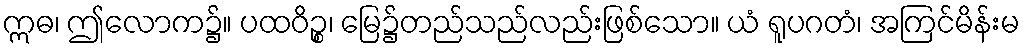
ဣဓ၊ ဤလောက၌။ ပထဝိဉ္စ၊ မြေ၌တည်သည်လည်းဖြစ်သော။ ယံ ရူပဂတံ၊ အကြင်မိန်းမ